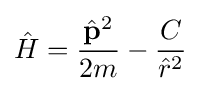
{\hat {H}}={\frac {{\hat {\mathbf {p} }}^{2}}{2m}}-{\frac {C}{{\hat {r}}^{2}}}